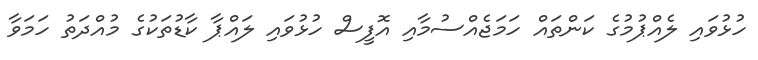
ހުޅުވައި ލެއްޕުމުގެ ކަންތައް ހަމަޖެއްސުމާއި އޮފީސް ހުޅުވައި ލައްޕާ ކާޑުތަކުގެ މުއްދަތު ހަމަވާ